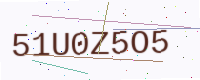
Text: 51U0Z5O5